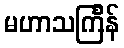
မဟာသင်္ကြန်